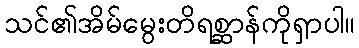
သင်၏အိမ်မွေးတိရစ္ဆာန်ကိုရှာပါ။